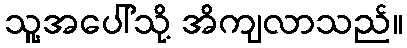
သူ့အပေါ်သို့ အိကျလာသည်။